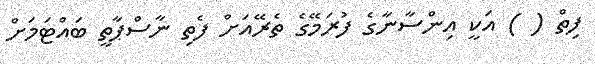
ފިތް ( ) އަކީ އިންސާނާގެ ފުރަމޭގެ ތެރޭއަށް ފެތި ނާސްޕާތީ ބައްޓަމަށް